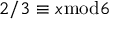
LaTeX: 2 / 3 \equiv x { \bmod { 6 } }